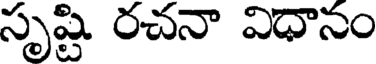
సృష్టి రచనా విధానం